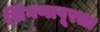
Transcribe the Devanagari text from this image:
शिंगणापूरला